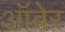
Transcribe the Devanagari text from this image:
ऑबेर